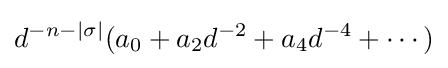
d^{-n-|\sigma |}(a_{0}+a_{2}d^{-2}+a_{4}d^{-4}+\cdots )